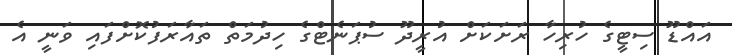
އައްޑޫ ސިޓީގެ ހުރިހާ ރަށަކަށް އުރީދޫ ސުޕަނެޓްގެ ހިދުމަތް ތައާރަފުކޮށްފައި ވަނީ އެ